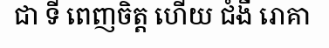
ជា ទី ពេញចិត្ត ហើយ ជំងឺ រោគា